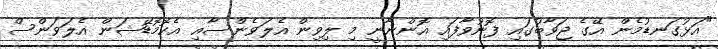
"އަޅުގަނޑުމެން އޭގެ ޖަވާބުގައި ފޮނުވާފައި އޮންނާނީ މި ލިވިން އެލަވެންސާއި އެކޮމޮޑޭޝަން އެލަވަންސް